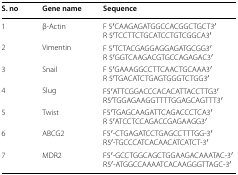
<table><thead><tr><td><b>S. no</b></td><td><b>Gene name</b></td><td><b>Sequence</b></td></tr></thead><tbody><tr><td>1</td><td>β-Actin</td><td>F 5′CAAGAGATGGCCACGGCTGCT3′R 5′TCCTTCTGCATCCTGTCGGCA3′</td></tr><tr><td>2</td><td>Vimentin</td><td>F 5′TCTACGAGGAGGAGATGCGG3′R 5′GGTCAAGACGTGCCAGAGAC3′</td></tr><tr><td>3</td><td>Snail</td><td>F 5′GAAAGGCCTTCAACTGCAAA3′R 5′TGACATCTGAGTGGGTCTGG3′</td></tr><tr><td>4</td><td>Slug</td><td>F5′ATTCGGACCCACACATTACCTTG3′R5′TGGAGAAGGTTTTGGAGCAGTTT3′</td></tr><tr><td>5</td><td>Twist</td><td>F5′TGAGCAAGATTCAGACCCTCA3′R 5′ATCCTCCAGACCGAGAAGG3′</td></tr><tr><td>6</td><td>ABCG2</td><td>F5′-CTGAGATCCTGAGCCTTTGG-3′R5′-TGCCCATCACAACATCATCT-3′</td></tr><tr><td>7</td><td>MDR2</td><td>F5′-GCCTGGCAGCTGGAAGACAAATAC-3′R5′-ATGGCCAAAATCACAAGGGTTAGC-3′</td></tr></tbody></table>